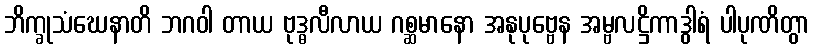
ဘိက္ခုသံဃေနာတိ ဘဂဝါ တာယ ဗုဒ္ဓလီလာယ ဂစ္ဆမာနော အနုပုဗ္ဗေန အမ္ဗလဋ္ဌိကာဒွါရံ ပါပုဏိတွာ